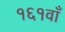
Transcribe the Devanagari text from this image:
१६१वाँ